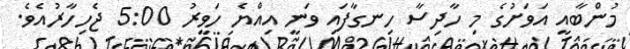
މުންބާއީ އަވަށުގެ މި ހާދިސާ ހިނގާފައި ވަނީ އިއްޔެ ހަވީރު 5:00 ޖެހިހާރުއެވެ.